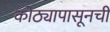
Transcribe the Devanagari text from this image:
कोठ्यापासूनची